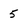
Character: 5